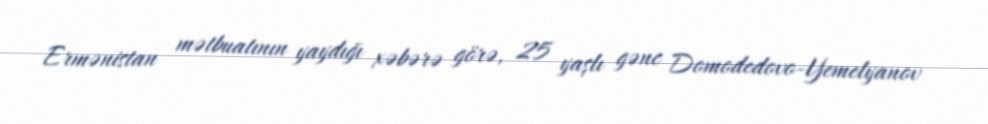
Ermənistan mətbuatının yaydığı xəbərə görə, 25 yaşlı gənc Domodedovo-Yemelyanov